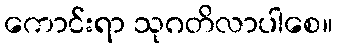
ကောင်းရာ သုဂတိလာပါစေ။